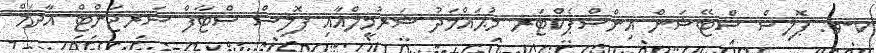
ކ-ވ: ޕޮލިސް ސްޓޭޝަން އިންސްޕެކްޓަރ މުޙައްމަދު ޝަރުމީލްއާއި ޕޮލިސް ސްޓާފް ސަރޖަންޓް އާދަމް